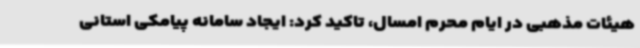
هیئات مذهبی در ایام محرم امسال، تاکید کرد: ایجاد سامانه پیامکی استانی